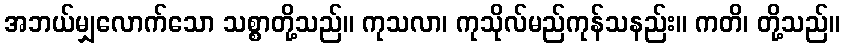
အဘယ်မျှလောက်သော သစ္စာတို့သည်။ ကုသလာ၊ ကုသိုလ်မည်ကုန်သနည်း။ ကတိ၊ တို့သည်။